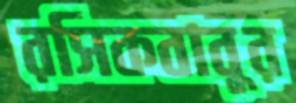
রসিকবাবুর